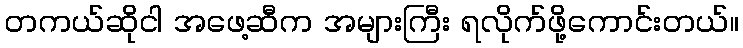
တကယ်ဆိုငါ အဖေ့ဆီက အများကြီး ရလိုက်ဖို့ကောင်းတယ်။